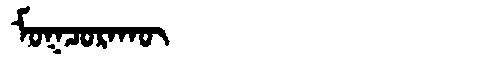
Manchu: ᠮᠣᡴᠴᠣᡵᠠᡴᡡ
Romanization: MOKCORAKŪ